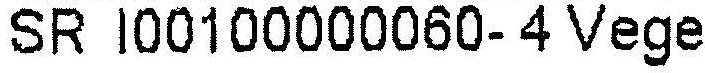
SR I00100000060- 4 VEGE